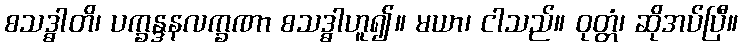
စသဒ္ဓါတိ၊ ပက္ခန္ဒနလက္ခဏာ စသဒ္ဓါဟူ၍။ မယာ၊ ငါသည်။ ဝုတ္တံ၊ ဆိုအပ်ပြီ။